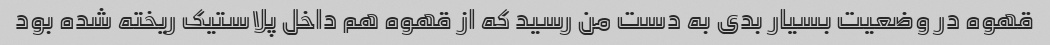
قهوه در وضعیت بسیار بدی به دست من رسید که از قهوه هم داخل پلاستیک ریخته شده بود